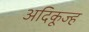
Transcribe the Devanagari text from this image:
अदिकूज्ह